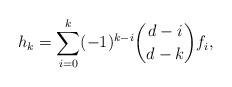
LaTeX: \begin{align*} h_k= \sum_{i=0}^k(-1)^{k-i}\binom{d-i}{d-k}f_{i},\end{align*}